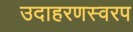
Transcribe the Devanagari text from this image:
उदाहरणस्वरप